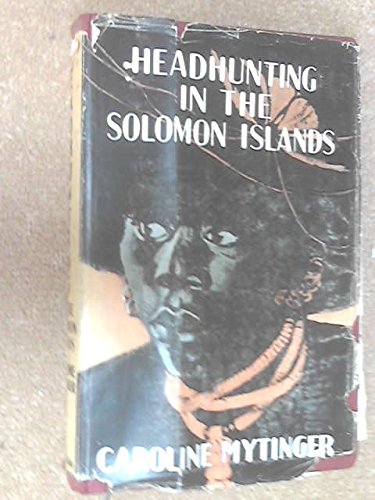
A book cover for Head-hunting in the Solomon Islands; Caroline MYTINGER; Travel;